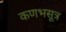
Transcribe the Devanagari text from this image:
कणभसूत्र